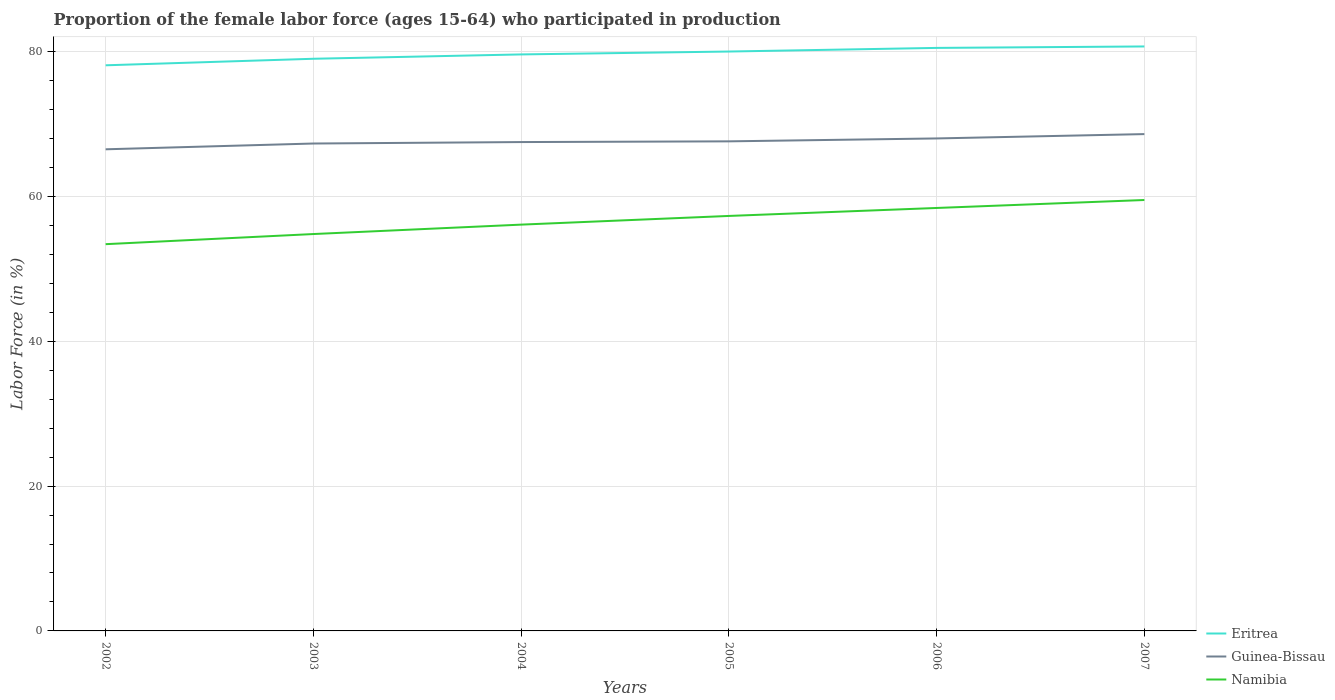
| Years | Eritrea | Guinea-Bissau | Namibia |
 | --- | --- | --- | --- |
 | 2002 | 78.1 | 66.5 | 53.4 |
 | 2003 | 79 | 67.3 | 54.8 |
 | 2004 | 79.6 | 67.5 | 56.1 |
 | 2005 | 80 | 67.6 | 57.3 |
 | 2006 | 80.5 | 68 | 58.4 |
 | 2007 | 80.7 | 68.6 | 59.5 |